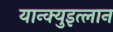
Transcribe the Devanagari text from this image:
यान्क्युइत्लान